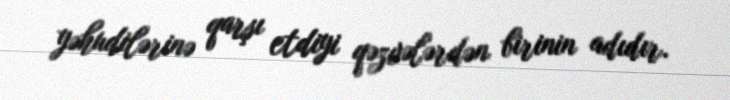
yəhudilərinə qarşı etdiyi qəzvələrdən birinin adıdır.